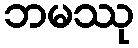
ဘမဿု